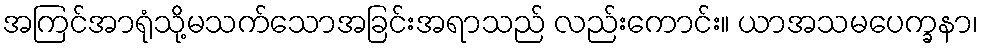
အကြင်အာရုံသို့မသက်သောအခြင်းအရာသည် လည်းကောင်း။ ယာအသမပေက္ခနာ၊